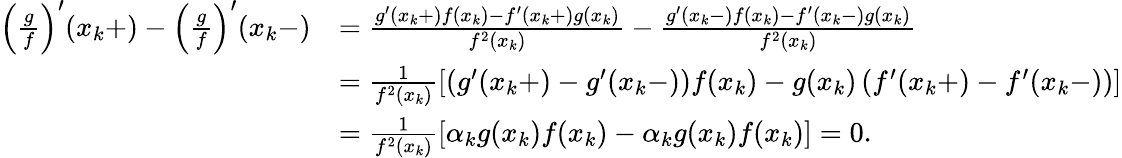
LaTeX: \begin{array}{rl}{\left(\frac{g}{f}\right)^{\prime}(x_{k}+)-\left(\frac{g}{f}\right)^{\prime}(x_{k}-)}&{=\frac{g^{\prime}(x_{k}+)f(x_{k})-f^{\prime}(x_{k}+)g(x_{k})}{f^{2}(x_{k})}-\frac{g^{\prime}(x_{k}-)f(x_{k})-f^{\prime}(x_{k}-)g(x_{k})}{f^{2}(x_{k})}}\\ &{=\frac{1}{f^{2}(x_{k})}\left[\left(g^{\prime}(x_{k}+)-g^{\prime}(x_{k}-)\right)f(x_{k})-g(x_{k})\left(f^{\prime}(x_{k}+)-f^{\prime}(x_{k}-)\right)\right]}\\ &{=\frac{1}{f^{2}(x_{k})}\left[\alpha_{k}g(x_{k})f(x_{k})-\alpha_{k}g(x_{k})f(x_{k})\right]=0.}\end{array}